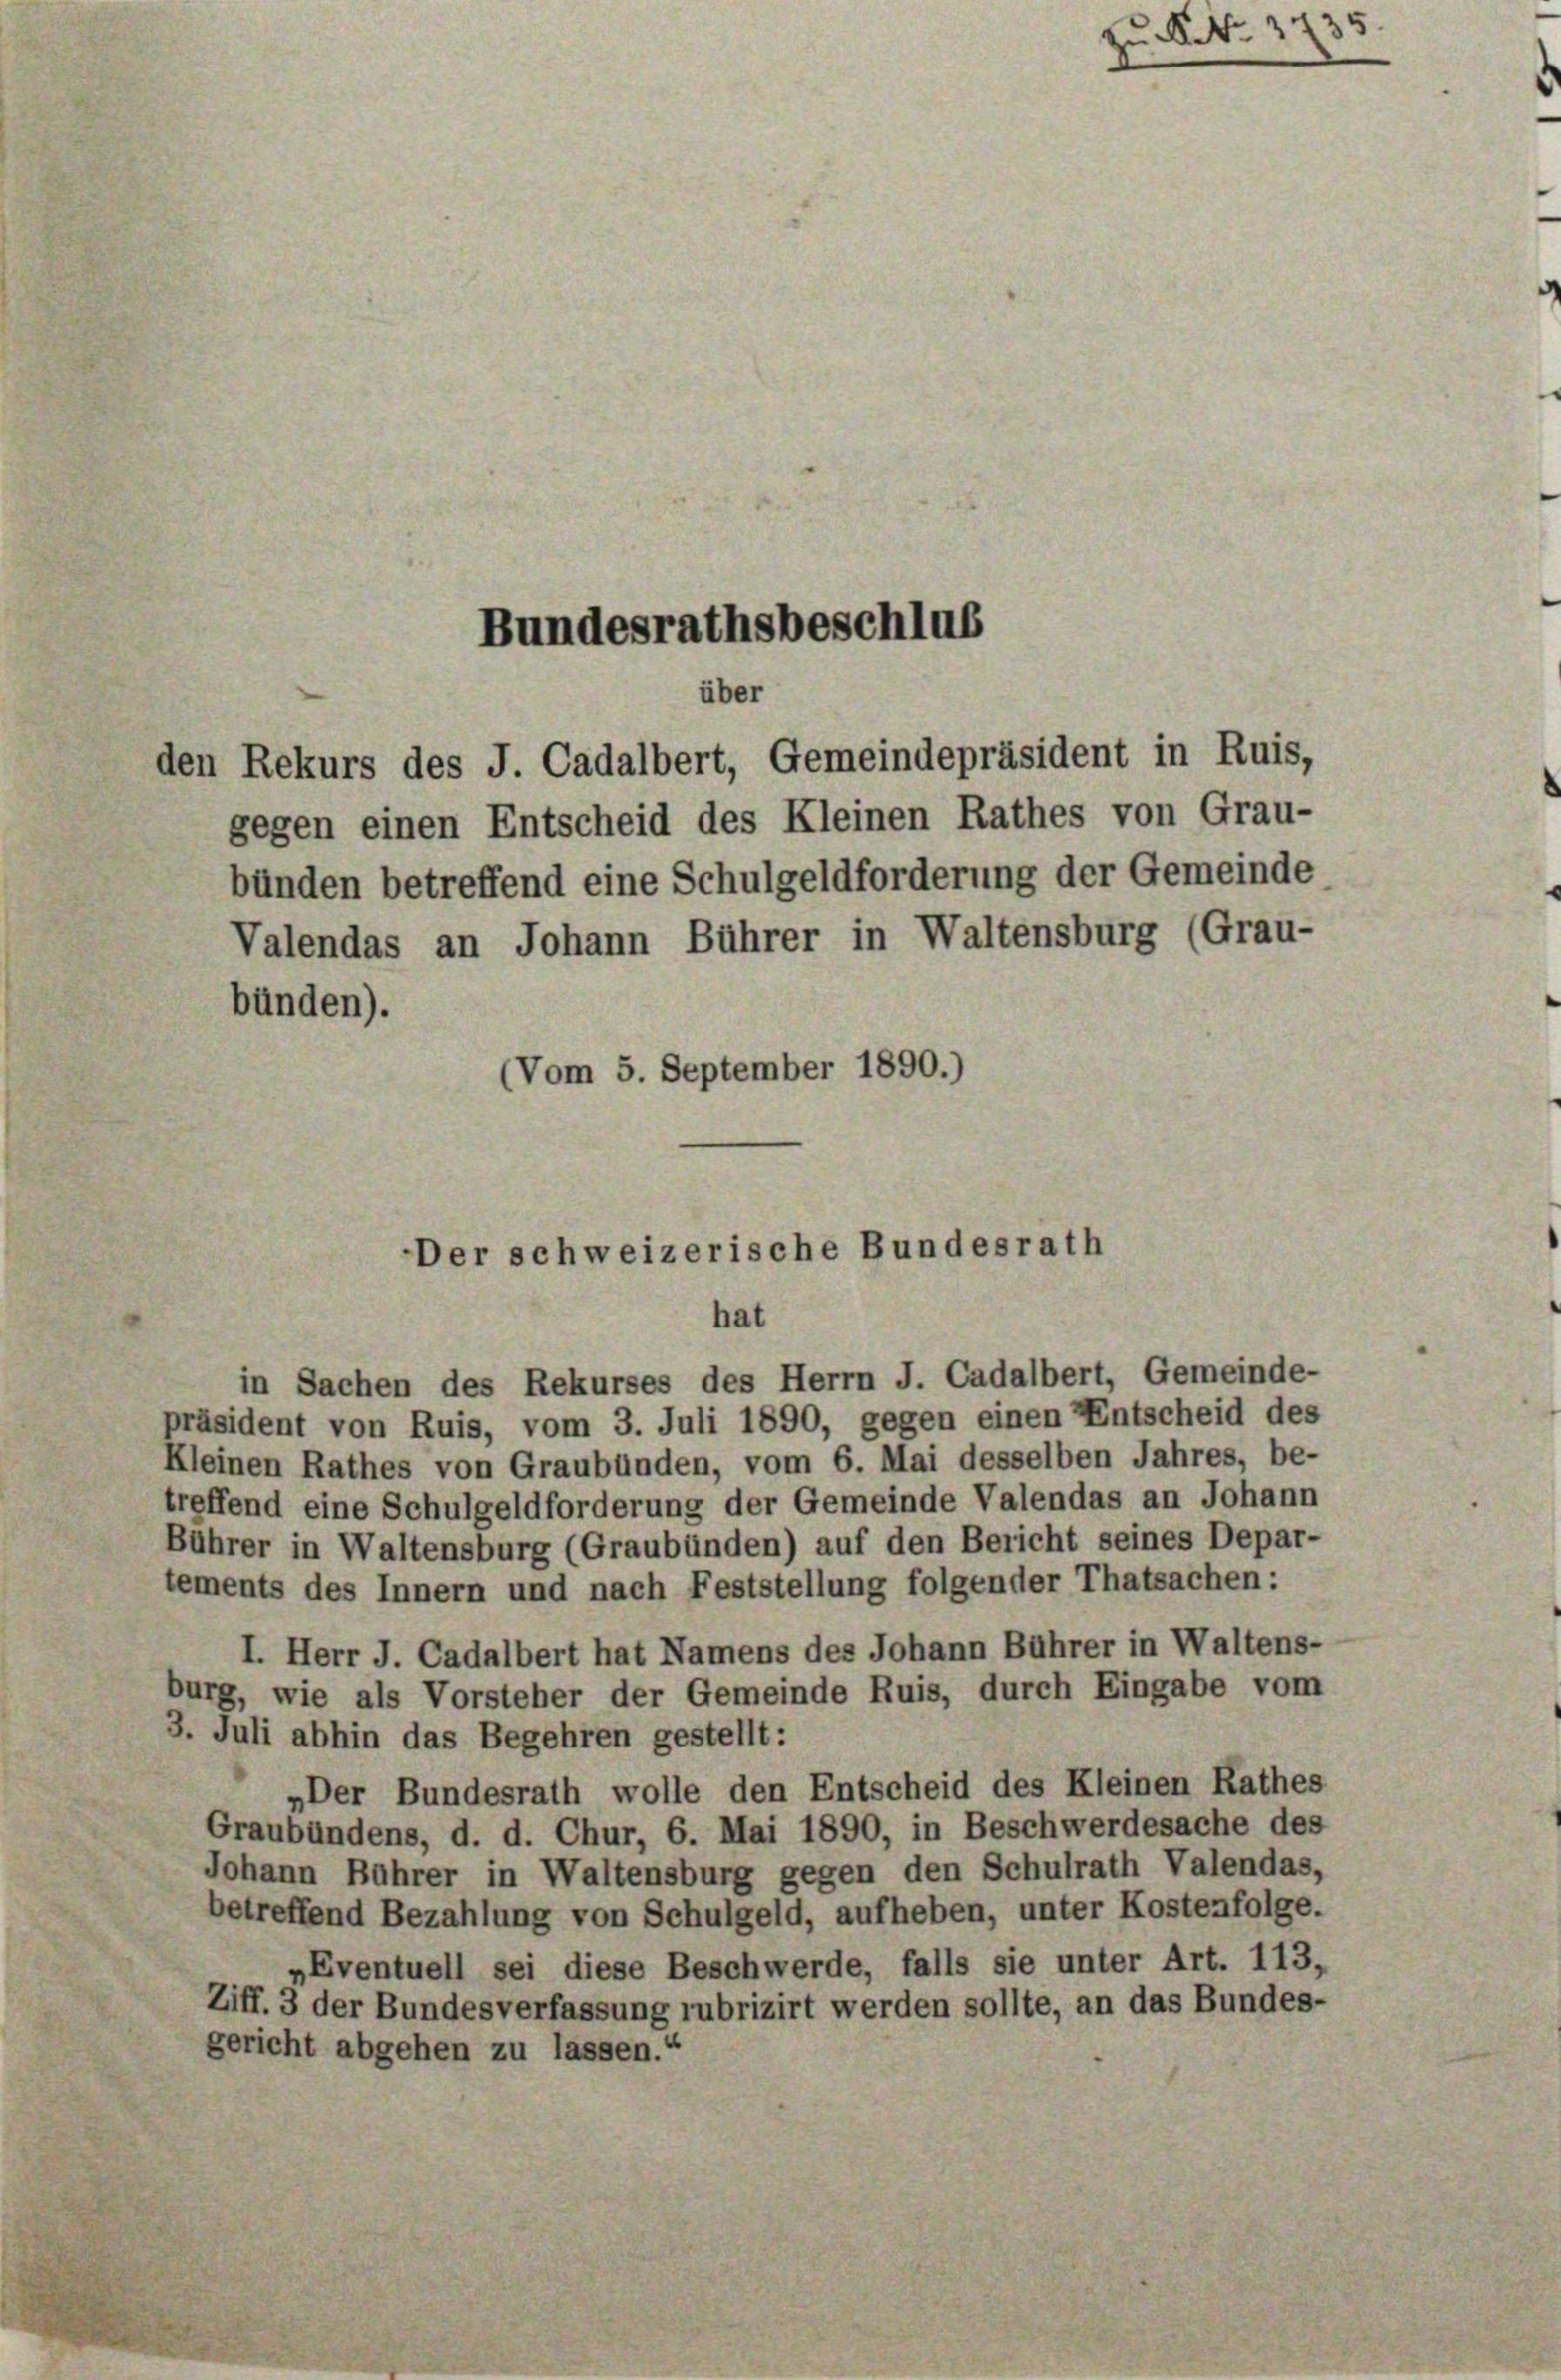
Bundesrathsbeschlus
über

den Rekurs des J. Cadalbert, Gemeindepräsident in Ruis,
gegen einen Entscheid des Kleinen Rathes von Grau-

bünden betreffend eine Schulgeldforderung der Gemeinde
Valendas an Johann Bührer in Waltensburg (Grau-
bünden).
(Vom 5. September 1890.)

in Sachen des Rekurses des Herrn J. Cadalbert, Gemeinde-
präsident von Ruis, vom 3. Juli 1890, gegen einen Entscheid des
Kleinen Rathes von Graubünden, vom 6. Mai desselben Jahres, be-
treffend eine Schulgeldforderung der Gemeinde Valendas an Johann
Bührer in Waltensburg (Graubünden) auf den Bericht seines Depar-
tements des Innern und nach Feststellung folgender Thatsachen:
I. Herr J. Cadalbert hat Namens des Johann Bührer in Waltens-
burg, wie als Vorsteher der Gemeinde Ruis, durch Eingabe vom
3. Juli abhin das Begehren gestellt:
„Der Bundesrath wolle den Entscheid des Kleinen Rathes
Graubündens, d. d. Chur, 6. Mai 1890, in Beschwerdesache des
Johann Bührer in Waltensburg gegen den Schulrath Valendas,
betreffend Bezahlung von Schulgeld, aufheben, unter Kostenfolge.
„Eventuell sei diese Beschwerde, falls sie unter Art. 113,
Ziff. 3 der Bundesverfassung rubrizirt werden sollte, an das Bundes-
gericht abgehen zu lassen.“

Der schweizerische Bundesrath
hat